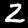
Digit: 2